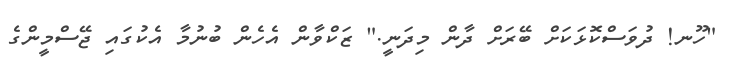
"ހޫނ! ދުވަސްކޮޅަކަށް ބޭރަށް ދާން މިދަނީ." ޒަކްވާން އެހެން ބުނުމާ އެކުގައި ޖޭސްމީންގެ